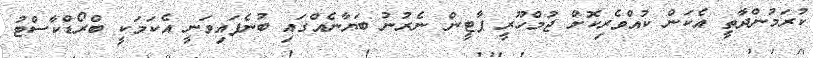
ކުރަމުންދާތީ އެކަން ކުއްވެރިކޮށް ޖުމްހޫރީ ޕާޓީން ނެރުނު ބަޔާނެއްގައި ބުނެފައިވަނީ އެކަމަކީ ބްރޯޑްކާސްޓު